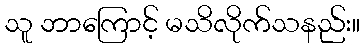
သူ ဘာကြောင့် မသိလိုက်သနည်း။